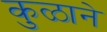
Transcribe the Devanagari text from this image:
कुळाने